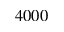
4 0 0 0